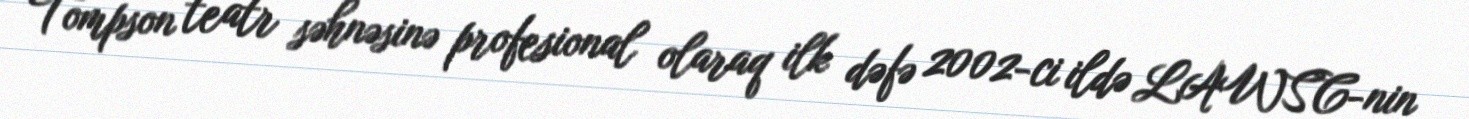
Tompson teatr səhnəsinə profesional olaraq ilk dəfə 2002-ci ildə LAWSC-nin